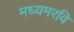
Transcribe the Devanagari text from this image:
मध्यमरवि